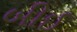
બીઈ